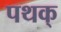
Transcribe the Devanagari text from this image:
पथक्